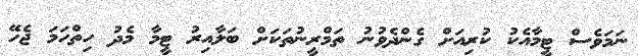
ނަމަވެސް ޓީމާއެކު ކުރިއަށް ގެންދެވުނު ތަމްރީނުތަކަށް ބަލާއިރު ޓީމާ މެދު ހިތްހަމަ ޖެހޭ